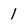
Character: 1